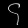
Digit: ၄